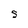
Character: S